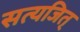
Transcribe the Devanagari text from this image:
सत्यजित्‌